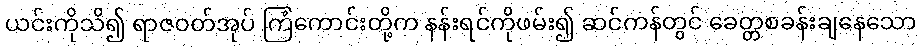
ယင်းကိုသိ၍ ရာဇဝတ်အုပ် ကြံကောင်းတို့က နန်းရင်ကိုဖမ်း၍ ဆင်ကန်တွင် ခေတ္တစခန်းချနေသော